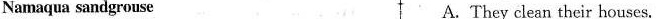
Namaqua sandgrouse A. They clean their houses.